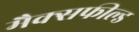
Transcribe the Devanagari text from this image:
मैक्सफील्ड